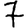
Digit: 7